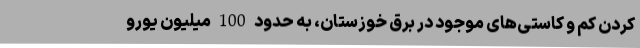
کردن کم و کاستی‌های موجود در برق خوزستان، به حدود 100 میلیون یورو